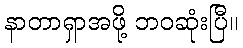
နာတာရှာအဖို့ ဘဝဆုံးပြီ။